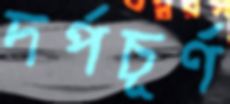
দর্পচূর্ণ